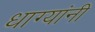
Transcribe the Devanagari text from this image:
धाग्‍यांनी